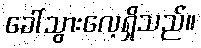
ခေါ်သွားလေ့ရှိသည်။